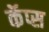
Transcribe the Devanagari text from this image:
कॅप्स